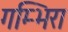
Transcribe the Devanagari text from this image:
गम्भिरा